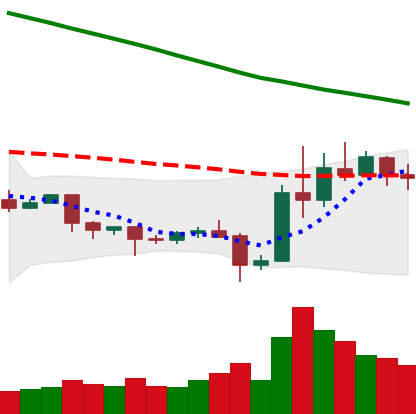
Ticker: EOS-USD
Chart end date: 2019-10-31
Forward return: 10.491%
Label: up_7plus